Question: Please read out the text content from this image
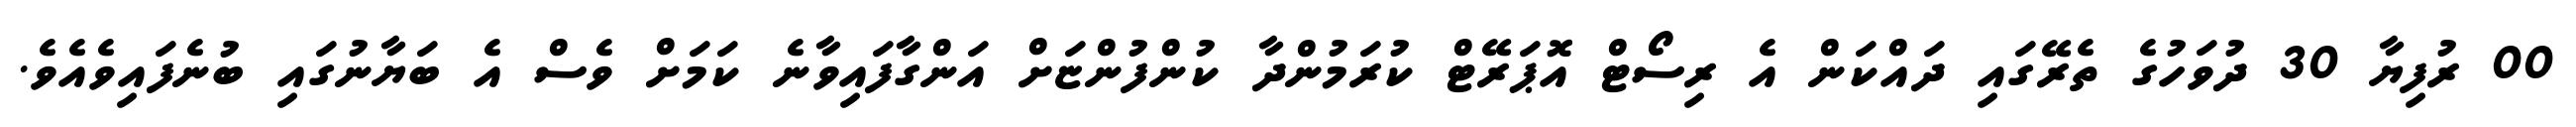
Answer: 00 ރުފިޔާ 30 ދުވަހުގެ ތެރޭގައި ދައްކަން އެ ރިސޯޓް އޮޕަރޭޓް ކުރަމުންދާ ކުންފުންޏަށް އަންގާފައިވާނެ ކަމަށް ވެސް އެ ބަޔާނުގައި ބުނެފައިވެއެވެ.